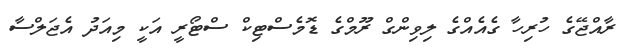
ރާއްޖޭގެ ހުރިހާ ގެއެއްގެ ލިވިންގް ރޫމްގެ ޑޮމެސްޓިކް ސްޓޯރީ އަކީ މިއަދު އެޖަލްސާ